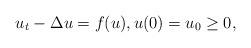
LaTeX: \begin{align*}u_t-\Delta u=f(u),u(0)=u_0\ge0,\end{align*}